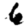
Digit: 6